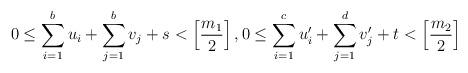
LaTeX: \begin{gather*} 0\leq \sum_{i=1}^b u_i+\sum_{j=1}^b v_j+s <\left[\frac{m_1}{2}\right], 0\leq \sum_{i=1}^c u'_i+\sum_{j=1}^d v'_j+t<\left[\frac{m_2}{2}\right] \end{gather*}